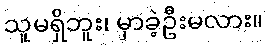
သူမရှိဘူး၊ မှာခဲ့ဦးမလား။